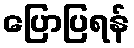
ပြောပြရန်